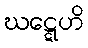
ဃဋ္ဋေဟိ